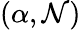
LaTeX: (\alpha,\mathcal{N})